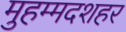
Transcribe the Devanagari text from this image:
मुहम्मदशहर